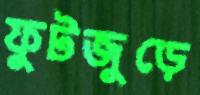
ফুটজুড়ে